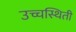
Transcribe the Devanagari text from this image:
उच्चस्थिती